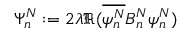
\Psi _ { n } ^ { N } : = 2 \lambda \Re ( \overline { { \psi _ { n } ^ { N } } } B _ { n } ^ { N } \psi _ { n } ^ { N } )